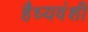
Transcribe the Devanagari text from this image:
हैध्यवंशी